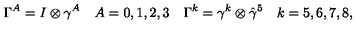
\Gamma ^ { A } = I \otimes \gamma ^ { A } \quad A = 0 , 1 , 2 , 3 \quad \Gamma ^ { k } = \gamma ^ { k } \otimes \hat { \gamma } ^ { 5 } \quad k = 5 , 6 , 7 , 8 ,